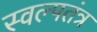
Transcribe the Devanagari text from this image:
स्वल्पतंत्र